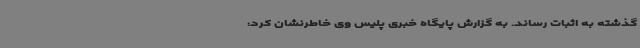
گذشته به اثبات رساند. به گزارش پایگاه خبری پلیس وی خاطرنشان کرد: